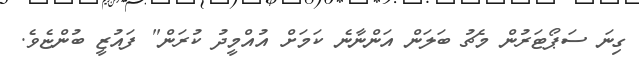
ގިނަ ސަޕޯޓަރުން މެޗު ބަލަން އަންނާނެ ކަމަށް އުއްމީދު ކުރަން" ފައުޒީ ބުންޏެވެ.